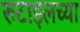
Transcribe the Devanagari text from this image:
रुटाइलच्या